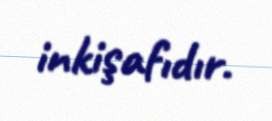
inkişafıdır.